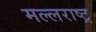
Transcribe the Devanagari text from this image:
मल्लराष्ट्र